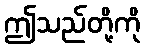
ဤသည်တို့ကို